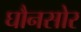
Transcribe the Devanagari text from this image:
घौनसोर